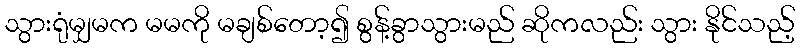
သွားရုံမျှမက မမကို မချစ်တော့၍ စွန့်ခွာသွားမည် ဆိုကလည်း သွား နိုင်သည့်